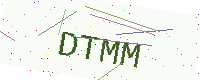
Text: DTMM